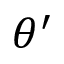
\theta ^ { \prime }